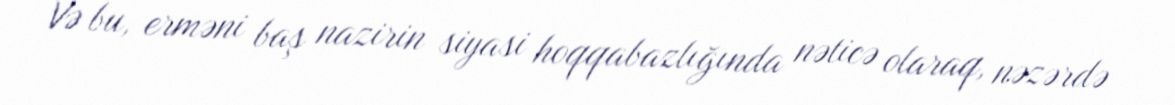
Və bu, erməni baş nazirin siyasi hoqqabazlığında nəticə olaraq, nəzərdə